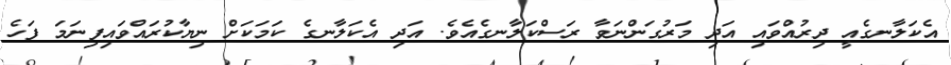
އެކަލާނގެއީ ދިރުއްވައި އަދި މަރުގަންނަވާ ރަސްކަލާނގެއެވެ. އަދި އެކަލާނގެ ކަމަކަށް ނިޔާކުރައްވައިފިނަމަ ފަހެ